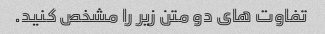
تفاوت های دو متن زیر را مشخص کنید.